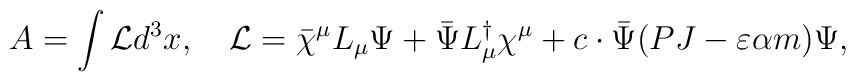
A=\int {\cal L}d^{3}x, \quad{\cal L}=\bar{\chi}^{\mu}L_{\mu}\Psi+ \bar{\Psi}L_{\mu}^{\dagger}\chi^{\mu}+c\cdot\bar{\Psi} (PJ-\varepsilon \alpha m) \Psi,